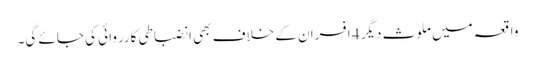
واقعہ میں ملوث دیگر 4 افسران کے خلاف بھی انضباطی کارروائی کی جائے گی۔